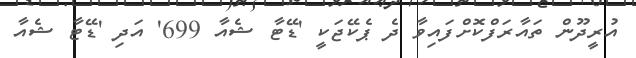
އުރީދޫން ތައާރަފްކޮށްފައިވާ ދެ ޕެކޭޖަކީ 'ޑޭޓާ ޝެއާ 699' އަދި 'ޑޭޓާ ޝެއާ